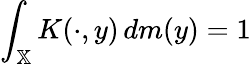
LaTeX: \int_{\mathbb{X}}K(\cdot,y)\, dm(y)=1